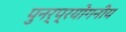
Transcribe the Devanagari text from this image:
पुनर्प्रयोगनीय